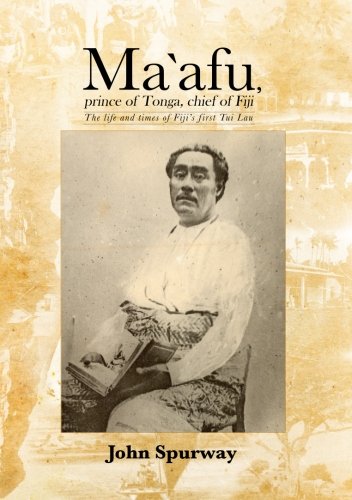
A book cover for Ma`afu, prince of Tonga, chief of Fiji: The life and times of Fiji's first Tui Lau; John Spurway; History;